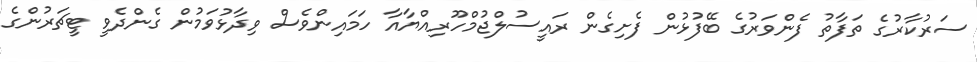
ސަރުކާރުގެ ތަފާތު ފެންވަރުގެ ބޭފުޅުން ފެށިގެން ރައީސުލްޖުމްހޫރިއްޔާއާ ހަަމައިންވެސް ވިދާޅުވަމުން ގެންދެވީ ޓީޗަރުންގެ